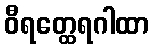
ဝီရတ္ထေရဂါထာ